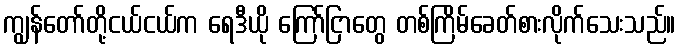
ကျွန်တော်တို့ငယ်ငယ်က ရေဒီယို ကြော်ငြာတွေ တစ်ကြိမ်ခေတ်စားလိုက်သေးသည်။